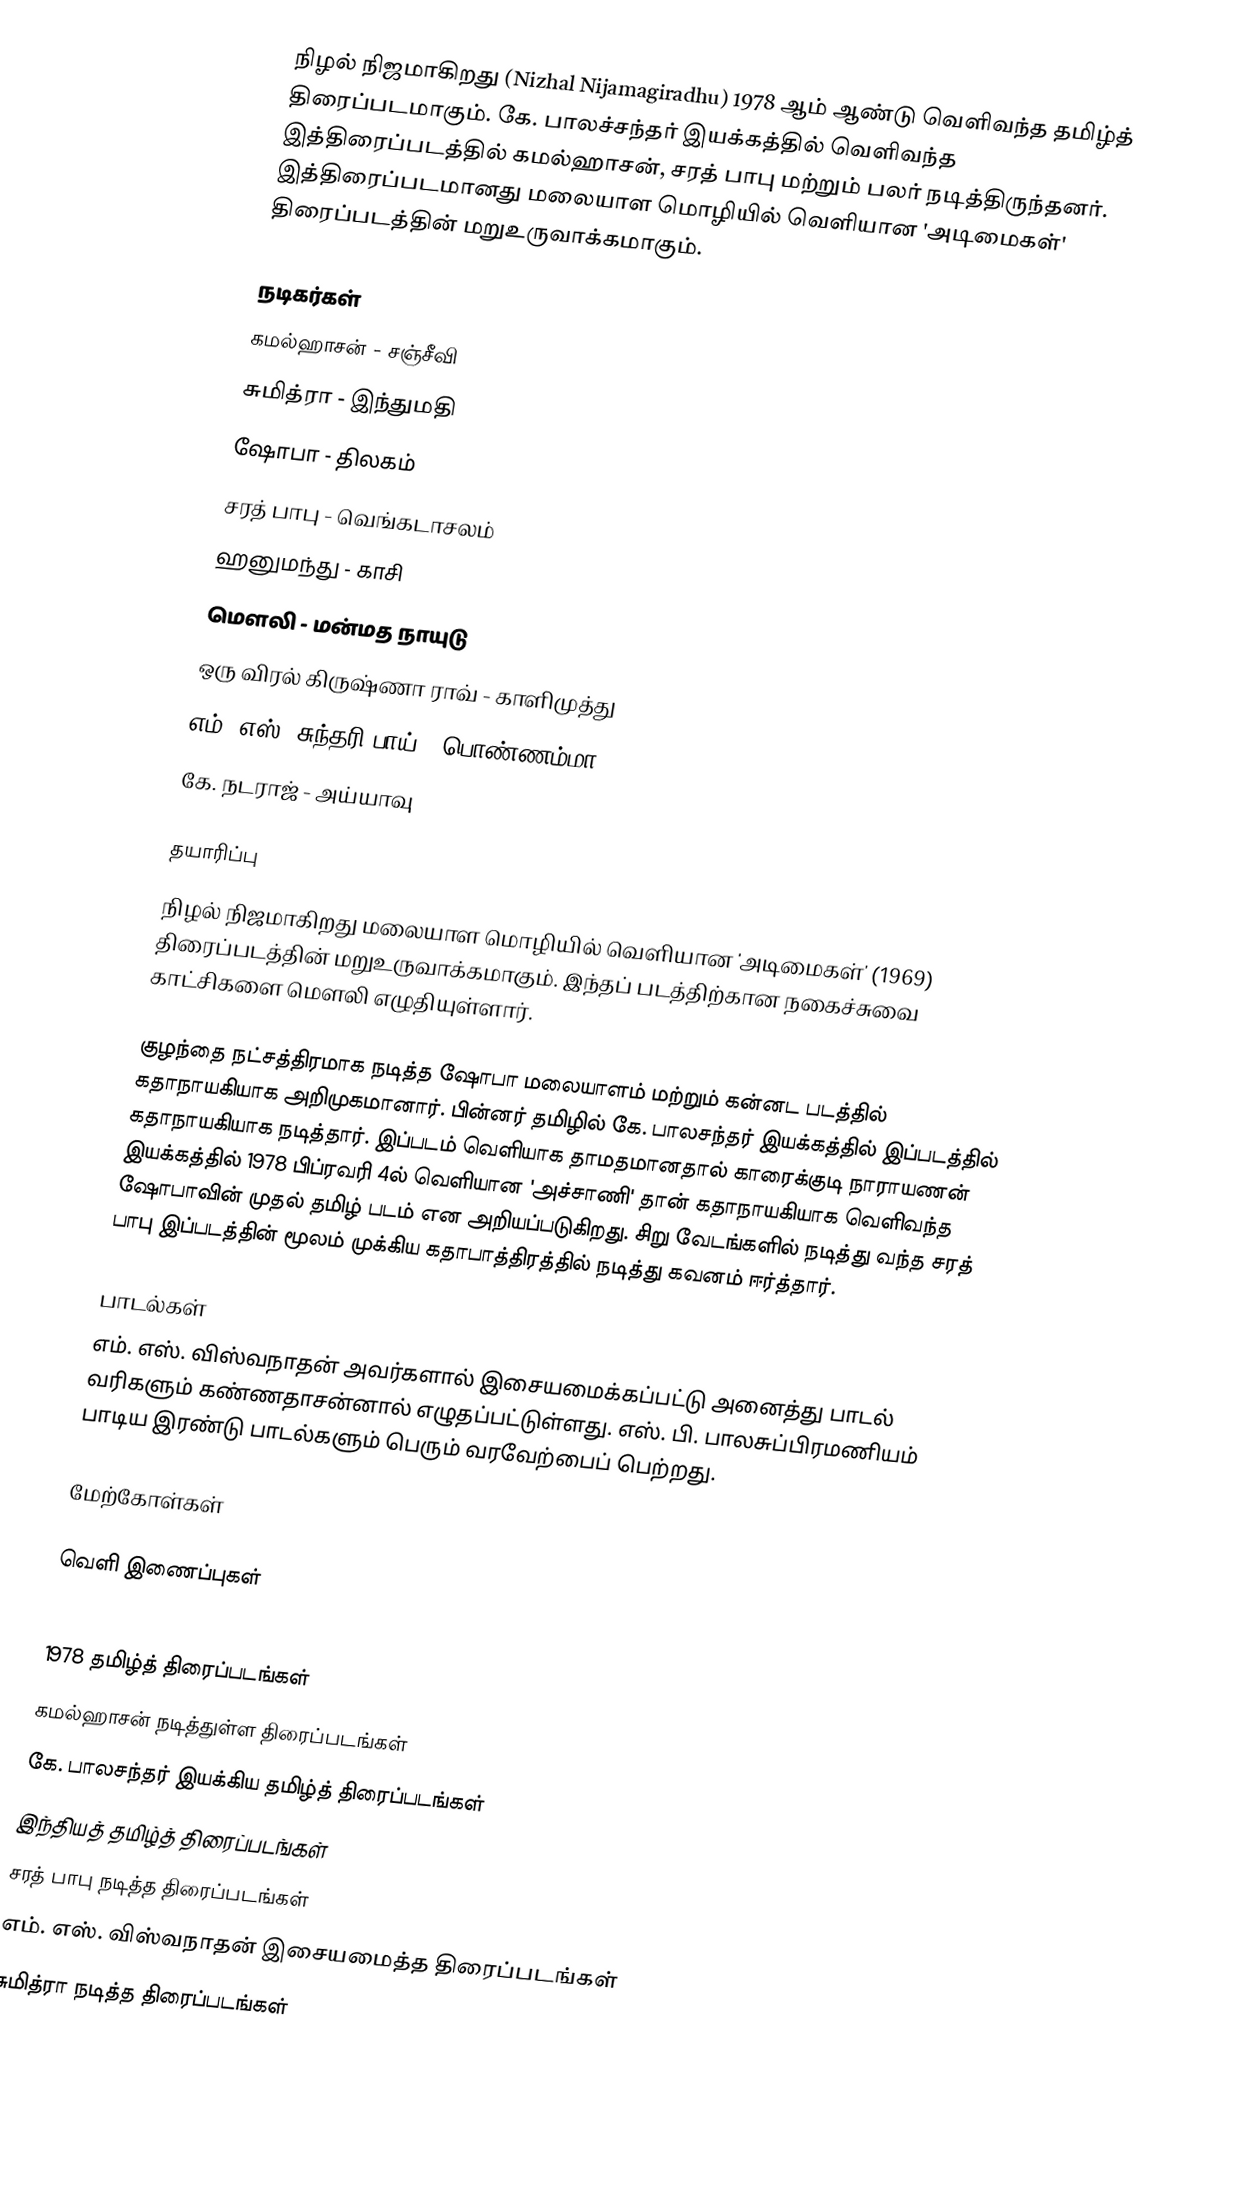
நிழல் நிஜமாகிறது (Nizhal Nijamagiradhu) 1978 ஆம் ஆண்டு வெளிவந்த தமிழ்த் திரைப்படமாகும். கே. பாலச்சந்தர் இயக்கத்தில் வெளிவந்த இத்திரைப்படத்தில் கமல்ஹாசன், சரத் பாபு மற்றும் பலர் நடித்திருந்தனர். இத்திரைப்படமானது மலையாள மொழியில் வெளியான 'அடிமைகள்' திரைப்படத்தின் மறுஉருவாக்கமாகும்.

நடிகர்கள்
கமல்ஹாசன் - சஞ்சீவி
சுமித்ரா - இந்துமதி
ஷோபா - திலகம்
சரத் பாபு - வெங்கடாசலம்
ஹனுமந்து - காசி
மௌலி - மன்மத நாயுடு
ஒரு விரல் கிருஷ்ணா ராவ் - காளிமுத்து
எம். எஸ். சுந்தரி பாய் - பொண்ணம்மா
கே. நடராஜ் - அய்யாவு

தயாரிப்பு
நிழல் நிஜமாகிறது மலையாள மொழியில் வெளியான 'அடிமைகள்' (1969) திரைப்படத்தின் மறுஉருவாக்கமாகும். இந்தப் படத்திற்கான நகைச்சுவை காட்சிகளை மௌலி எழுதியுள்ளார்.

குழந்தை நட்சத்திரமாக நடித்த ஷோபா மலையாளம் மற்றும் கன்னட படத்தில் கதாநாயகியாக அறிமுகமானார். பின்னர் தமிழில் கே. பாலசந்தர் இயக்கத்தில் இப்படத்தில் கதாநாயகியாக நடித்தார். இப்படம் வெளியாக தாமதமானதால் காரைக்குடி நாராயணன் இயக்கத்தில் 1978 பிப்ரவரி 4ல் வெளியான 'அச்சாணி' தான் கதாநாயகியாக வெளிவந்த ஷோபாவின் முதல் தமிழ் படம் என அறியப்படுகிறது. சிறு வேடங்களில் நடித்து வந்த சரத் பாபு இப்படத்தின் மூலம் முக்கிய கதாபாத்திரத்தில் நடித்து கவனம் ஈர்த்தார்.

பாடல்கள்
எம். எஸ். விஸ்வநாதன் அவர்களால் இசையமைக்கப்பட்டு அனைத்து பாடல் வரிகளும் கண்ணதாசன்னால் எழுதப்பட்டுள்ளது. எஸ். பி. பாலசுப்பிரமணியம் பாடிய இரண்டு பாடல்களும் பெரும் வரவேற்பைப் பெற்றது.

மேற்கோள்கள்

வெளி இணைப்புகள்

1978 தமிழ்த் திரைப்படங்கள்
கமல்ஹாசன் நடித்துள்ள திரைப்படங்கள்
கே. பாலசந்தர் இயக்கிய தமிழ்த் திரைப்படங்கள்
இந்தியத் தமிழ்த் திரைப்படங்கள்
சரத் பாபு நடித்த திரைப்படங்கள்
எம். எஸ். விஸ்வநாதன் இசையமைத்த திரைப்படங்கள்
சுமித்ரா நடித்த திரைப்படங்கள்